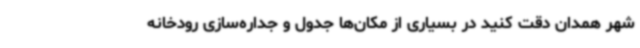
شهر همدان دقت کنید در بسیاری از مکان‌ها جدول و جداره‌سازی رودخانه